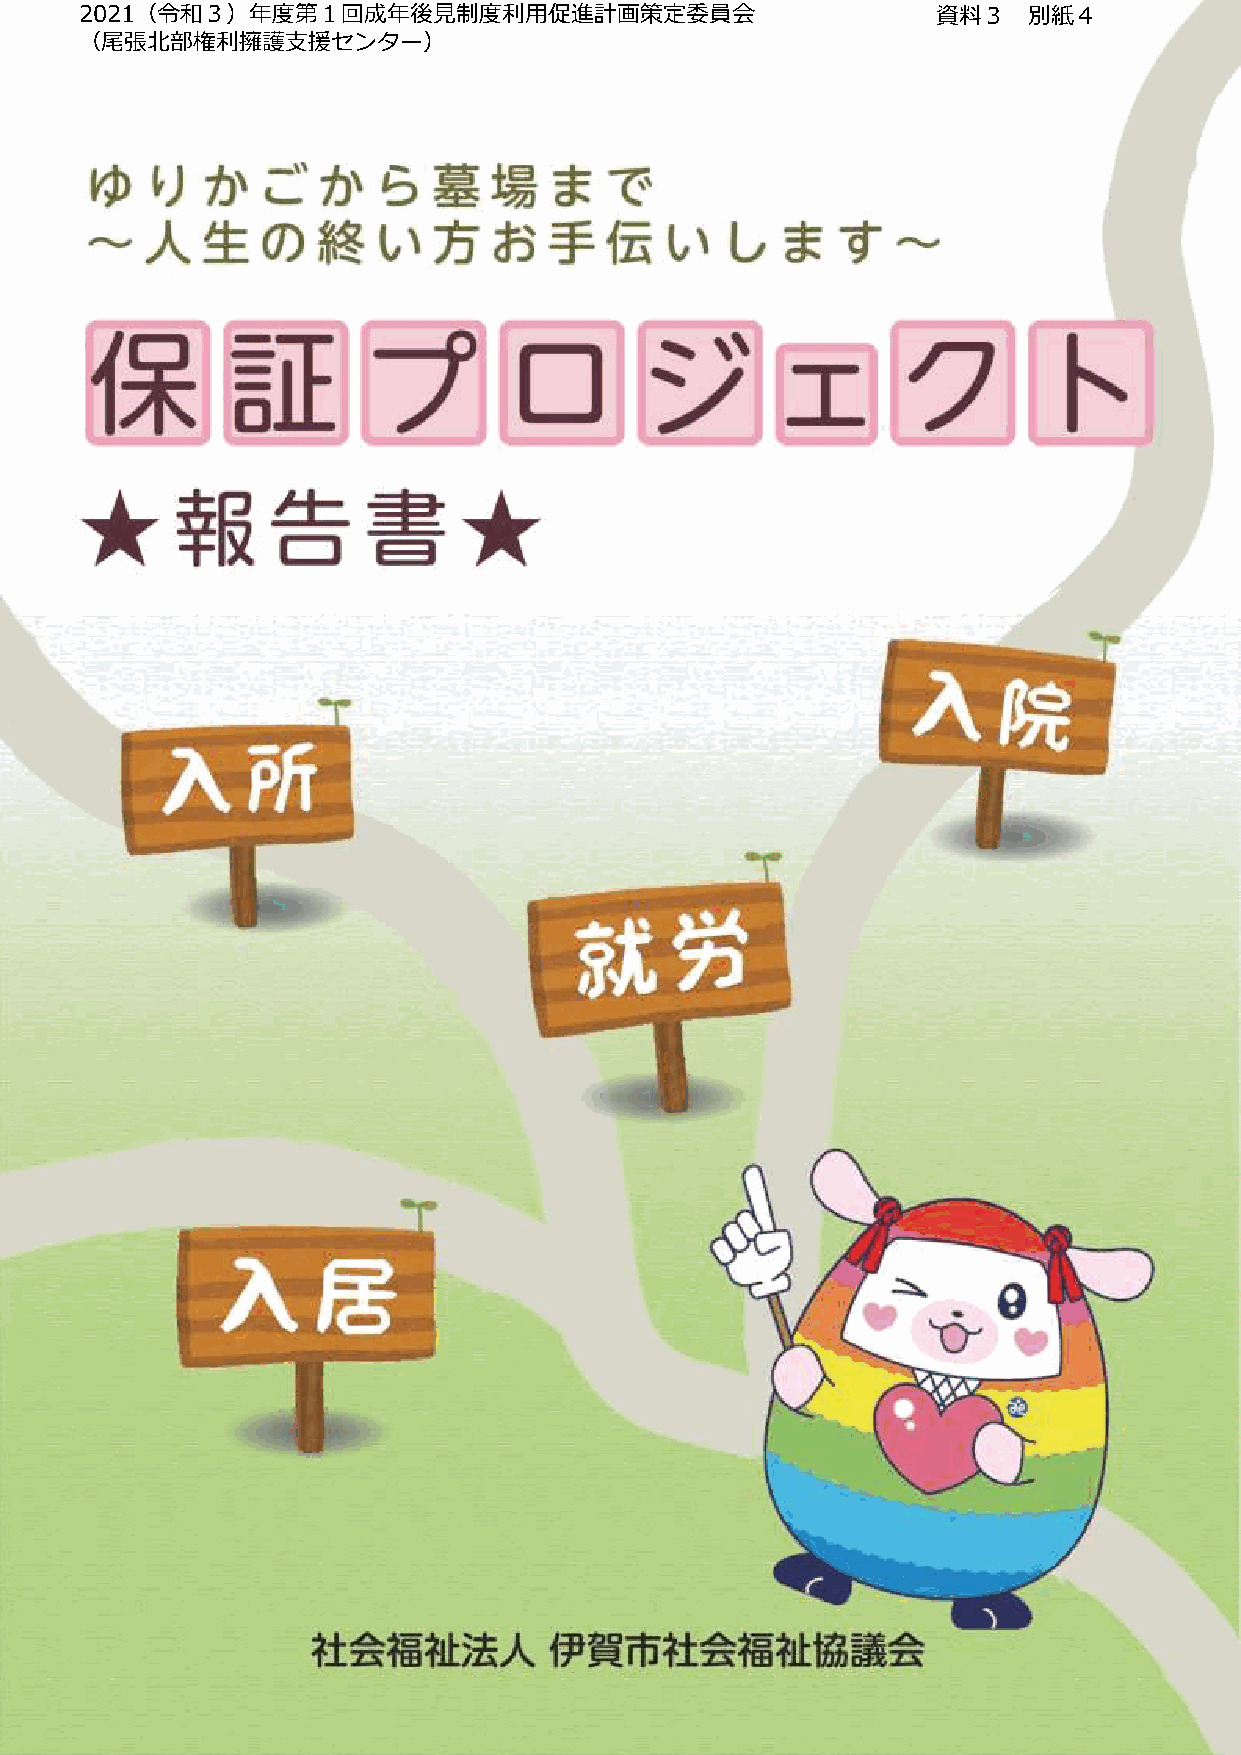
2021（令和３）年度第１回成年後見制度利用促進計画策定委員会                          資料３   別紙４
 （尾張北部権利擁護支援センター）
 表       紙